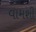
વામશી